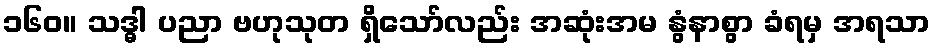
၁၆၀။ သဒ္ဓါ ပညာ ဗဟုသုတ ရှိသော်လည်း အဆုံးအမ နွံနာစွာ ခံရမှ အရသာ